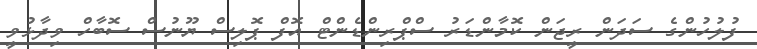
ފުލުހުންގެ ސަދަން ރީޖަން ކޮމާންޑަރު ސްޕްރިންޑެންޓް އޮފް ޕޮލިސް ޔޫނުސް ސޮބާހް ވިދާޅުވީ